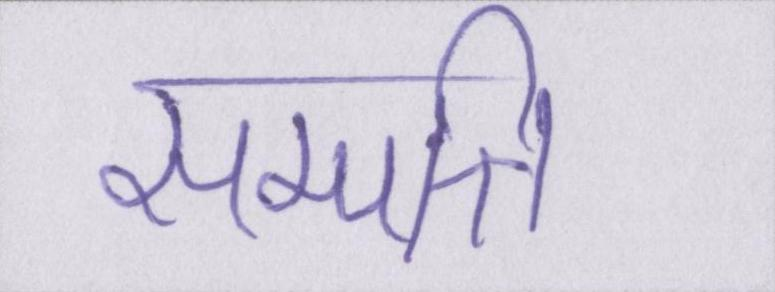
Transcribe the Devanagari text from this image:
सम्पत्ति